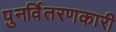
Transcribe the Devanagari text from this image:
पुनर्वितरणकारी